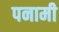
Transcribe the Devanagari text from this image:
पनामी